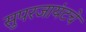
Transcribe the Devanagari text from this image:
सुपरजायंटचे